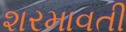
શરમાવતી